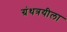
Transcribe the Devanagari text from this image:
ग्रंथत्रयीला